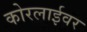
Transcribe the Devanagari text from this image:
कोरलाईवर